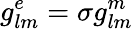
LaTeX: g_{lm}^{e}=\sigma g_{lm}^{m}